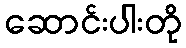
ဆောင်းပါးတို